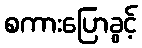
စကားပြောခွင့်